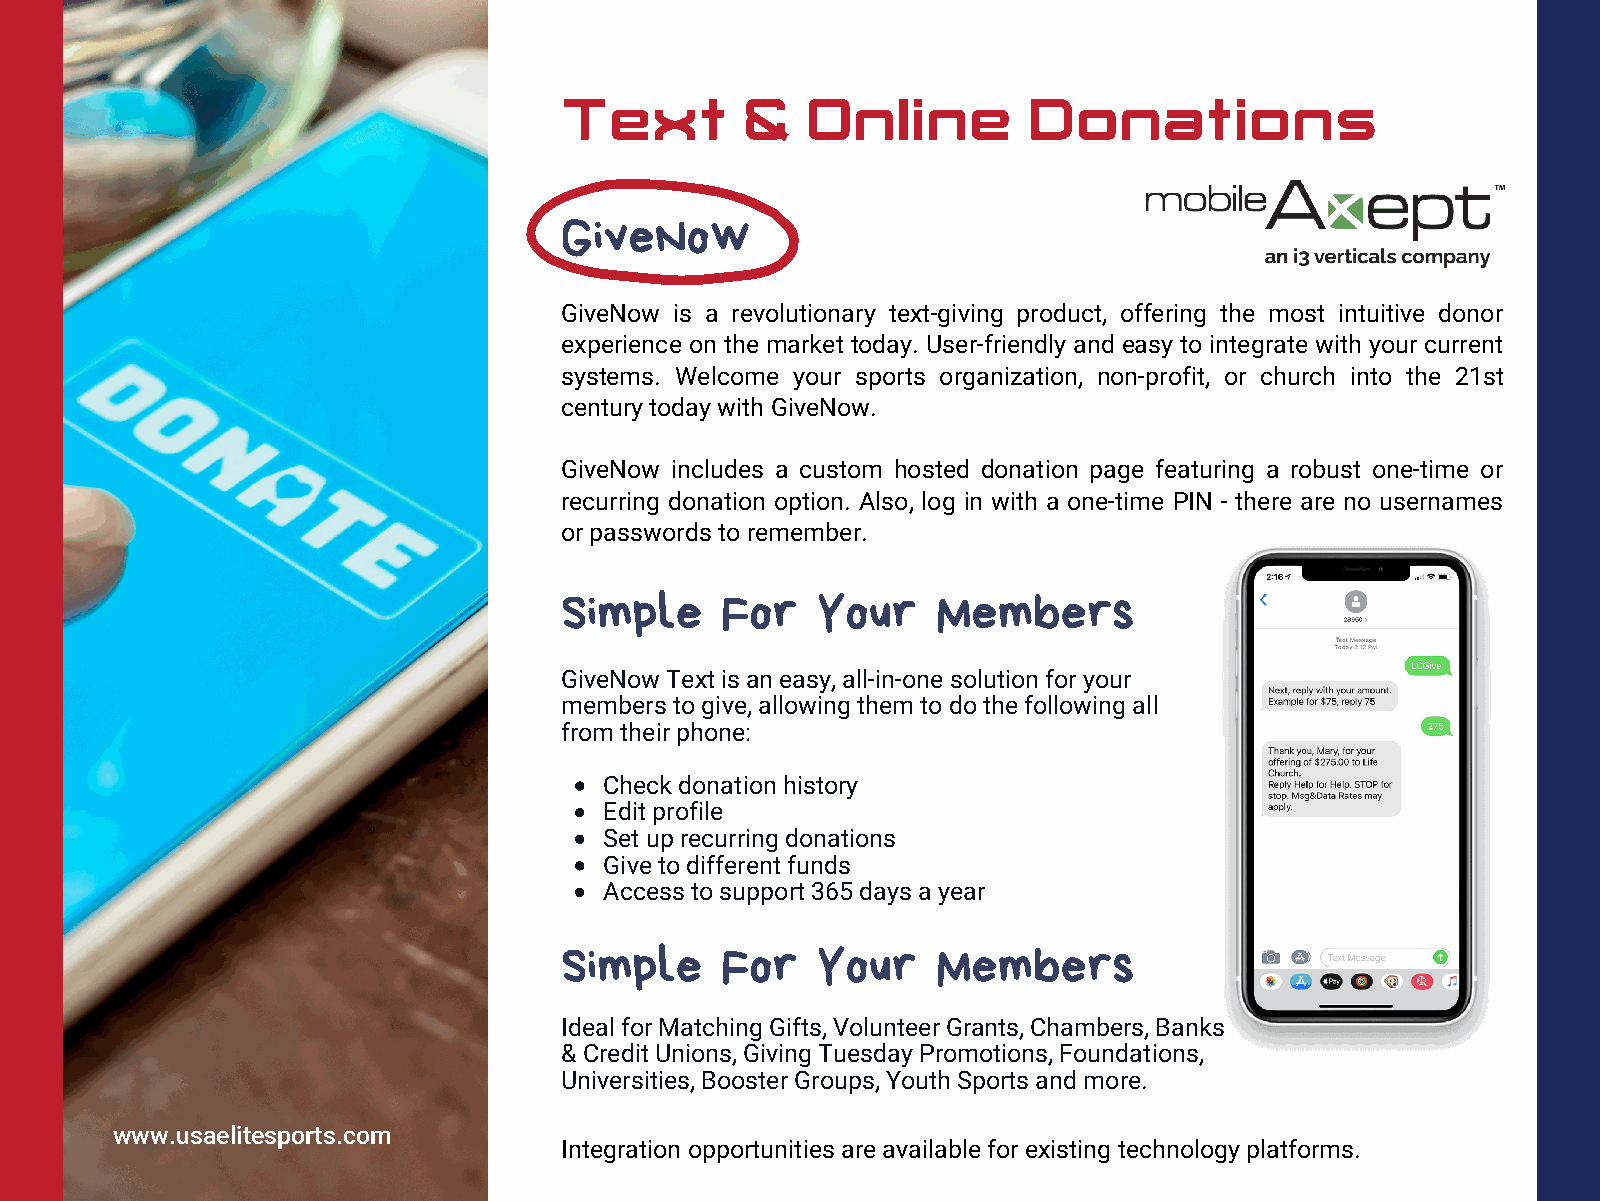
Text        &   Online         Donations
 GiveNow
 GiveNow is a revolutionary text-giving product, offering the most intuitive donor
 experience on the market today. User-friendly and easy to integrate with your current
 systems. Welcome your sports organization, non-profit, or church into the 21st
 century today with GiveNow.
 GiveNow includes a custom hosted donation page featuring a robust one-time or
 recurring donation option. Also, log in with a one-time PIN - there are no usernames
 or passwords to remember.
 Simple     For   Your    Members
 GiveNow Text is an easy, all-in-one solution for your
 members to give, allowing them to do the following all
 from their phone:
 Check donation history
 Edit profile
 Set up recurring donations
 Give to different funds
 Access to support 365 days a year
 Simple     For   Your    Members
 Ideal for Matching Gifts, Volunteer Grants, Chambers, Banks
 & Credit Unions, Giving Tuesday Promotions, Foundations,
 Universities, Booster Groups, Youth Sports and more.
 www.usaelitesports.com
 Integration opportunities are available for existing technology platforms.